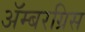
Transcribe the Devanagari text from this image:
ॲम्बरग्रिस